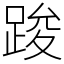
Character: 踆